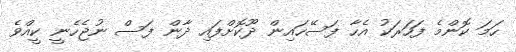
ހަމަ ކޮންމެ ފަހަރަކު އެހާ ފަސޭހައިން ދޫކޮށްފައި ދާން ފަސް ނުޖެހެނީ ކީއްވެ